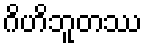
ဂိဟိဘူတဿ